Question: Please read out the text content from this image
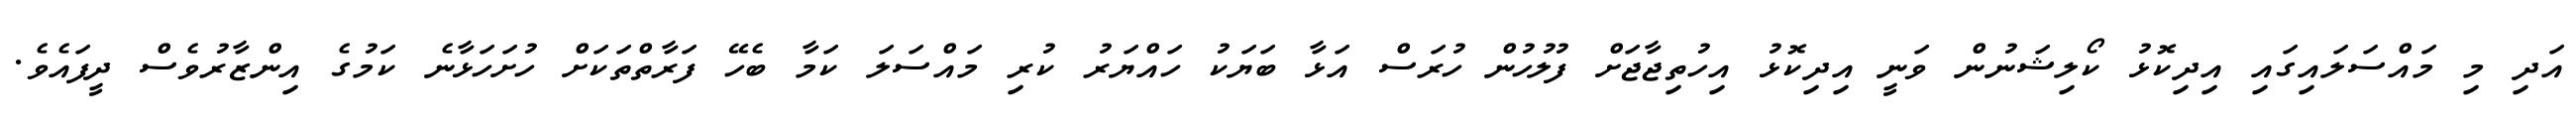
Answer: އަދި މި މައްސަލައިގައި އިދިކޮޅު ކޯލިޝަނުން ވަނީ އިދިކޮޅު އިހުތިޖާޖަށް ފުލުހުން ހުރަސް އަޅާ ބަޔަކު ހައްޔަރު ކުރި މައްސަލަ ކަމާ ބެހޭ ފަރާތްތަކަށް ހުށަހަޅާނެ ކަމުގެ އިންޒާރުވެސް ދީފައެވެ.